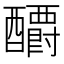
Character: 𰼕